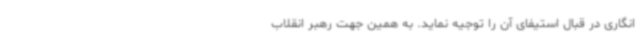
‌انگاری در قبال استیفای آن را توجیه نماید. به همین جهت رهبر انقلاب